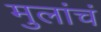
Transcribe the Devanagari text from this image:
मुलांचं